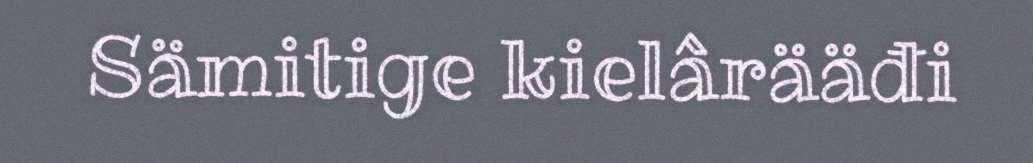
Sämitige kielârääđi